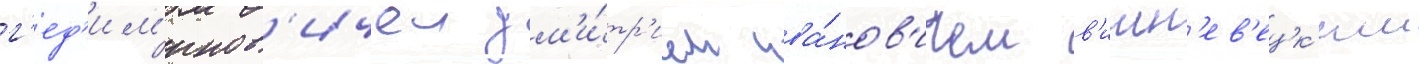
г'ед'им'инов'ичеи дм'и́тр'ием ива́нов'ичем в'ишн'ев'ецк'им